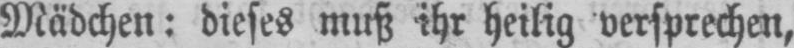
Mädchen: dieses muß ihr heilig versprechen,